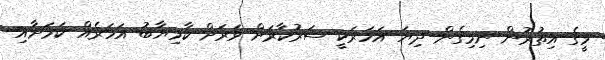
މީގެ އިތުރުން ނިމިގެން ދިޔަ އަހަރަކީ ސަރުކާރަށް ވަރަށް ކާމިޔާބު އަހަރެއް ކަމަށާއި